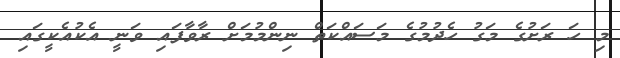
މި ހަ ރަށުގެ މަގު ހެދުމުގެ މަސައްކަތް ނިންމުމަށް ރާވާފައި ވަނީ އެކުއެކީގައި